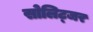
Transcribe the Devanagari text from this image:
सोलिट्जर